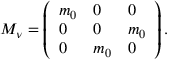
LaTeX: { \cal M } _ { \nu } = \left( \begin{array} { l l l } { { m _ { 0 } } } & { { 0 } } & { { 0 } } \\ { { 0 } } & { { 0 } } & { { m _ { 0 } } } \\ { { 0 } } & { { m _ { 0 } } } & { { 0 } } \end{array} \right) .